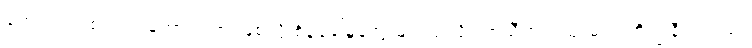
ကျောင်းသစ် တည်ထောင်ရတာဖြစ်လို့ စိန်ခေါ်မှုတွေ များသလို လာသီတင်းသုံးမယ့် ဘိက္ခုနီကလည်း